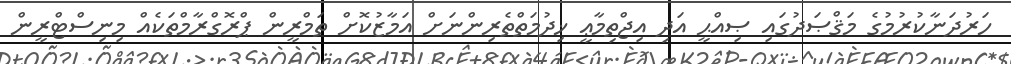
ހަރުދަނާކުރުމުގެ މަޤްޞަދުގައި ޞިއްޙީ އަދި އިޖްތިމާޢީ ޚިދުމަތްތެރިންނަށް އަމާޒުކޮށް ތަމްރީން ޕްރޮގްރާމްތަކެއް މިނިސްޓްރީން